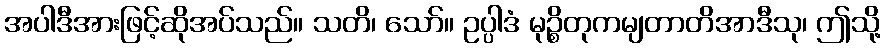
အပါဒီအားဖြင့်ဆိုအပ်သည်။ သတိ၊ သော်။ ဥပ္ပါဒံ မုဉ္စိတုကမျတာတိအာဒီသု၊ ဤသို့